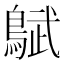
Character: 𬷜